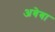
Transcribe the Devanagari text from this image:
अबेबा